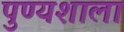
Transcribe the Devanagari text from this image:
पुण्यशाला